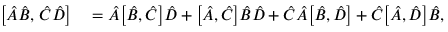
\begin{array} { r l } { \bigl [ \hat { A } \hat { B } , \, \hat { C } \hat { D } \bigr ] } & { { } = \hat { A } \bigl [ \hat { B } , \hat { C } \bigr ] \hat { D } + \bigl [ \hat { A } , \hat { C } \bigr ] \hat { B } \hat { D } + \hat { C } \hat { A } \bigl [ \hat { B } , \hat { D } \bigr ] + \hat { C } \bigl [ \hat { A } , \hat { D } \bigr ] \hat { B } , } \end{array}